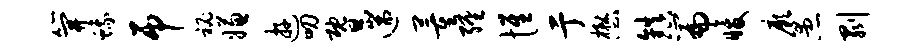
笄蛾吊秘嫌游叨暨遄董缠惟亍懋镇篇暖厥愚剥